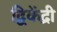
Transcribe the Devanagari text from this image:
द्विकेंद्री